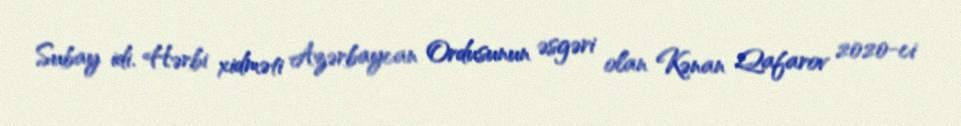
Subay idi. Hərbi xidməti Azərbaycan Ordusunun əsgəri olan Kənan Qafarov 2020-ci